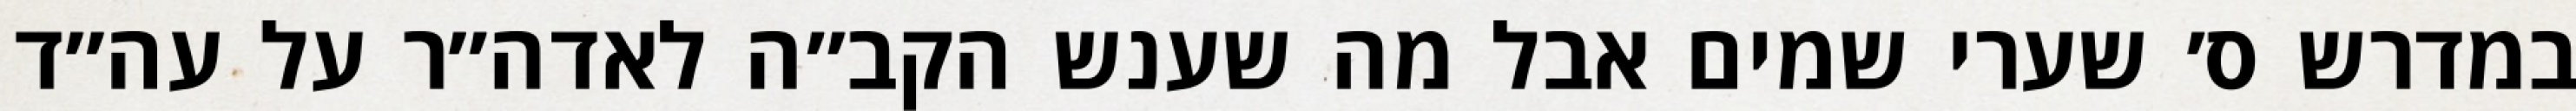
במדרש ס׳ שערי שמים אבל מה שענש הקב״ה לאדה״ר על עה״ד